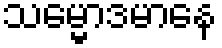
သမ္မောဒမာနေ